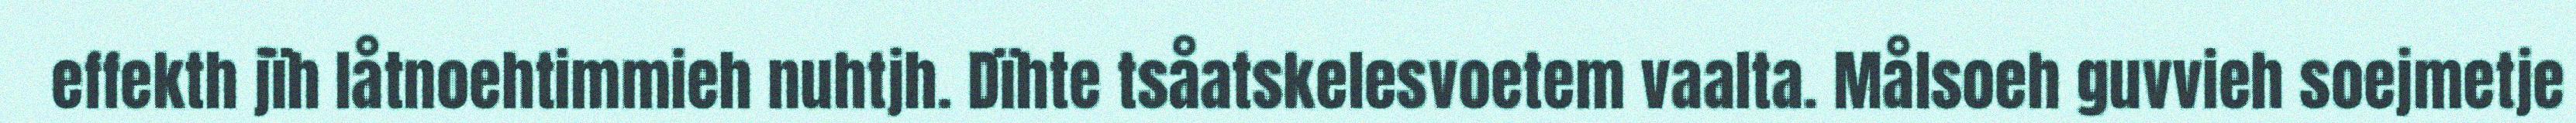
effekth jïh låtnoehtimmieh nuhtjh. Dïhte tsåatskelesvoetem vaalta. Målsoeh guvvieh soejmetje